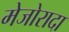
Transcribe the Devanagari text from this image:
मेजोरादा